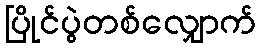
ပြိုင်ပွဲတစ်လျှောက်